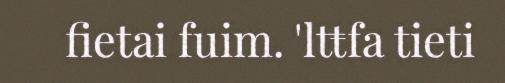
fietai fuim. 'ltŧfa tieti